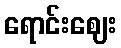
ရောင်းဈေး